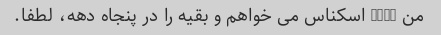
من 2000 اسکناس می خواهم و بقیه را در پنجاه دهه، لطفا.